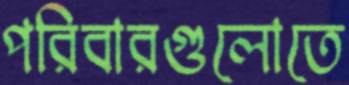
পরিবারগুলোতে